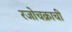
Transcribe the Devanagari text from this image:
रजोचक्राची